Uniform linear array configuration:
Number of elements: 16
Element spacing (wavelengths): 0.5
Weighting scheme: exponential
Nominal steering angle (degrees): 60
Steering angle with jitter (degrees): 58.127
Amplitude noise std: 0.05
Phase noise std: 0.05

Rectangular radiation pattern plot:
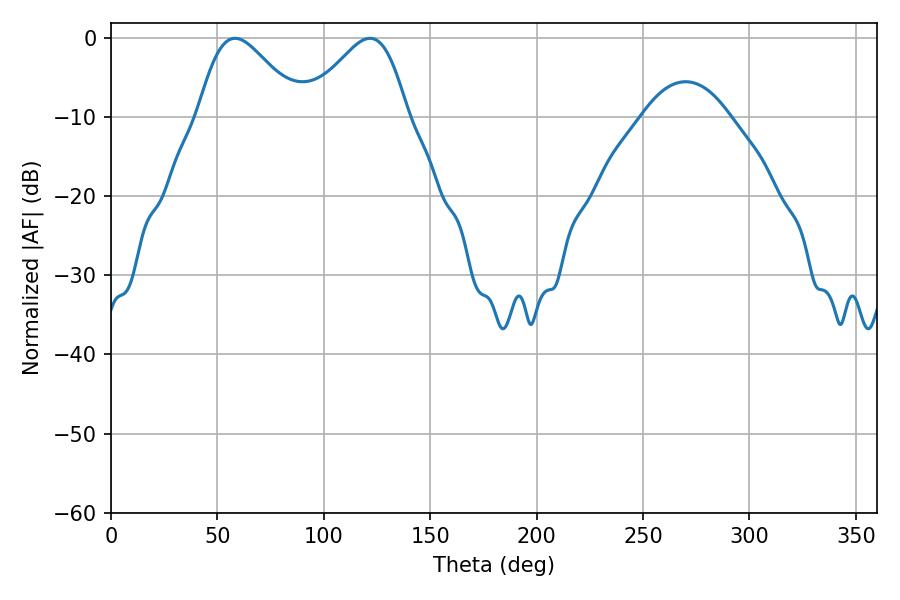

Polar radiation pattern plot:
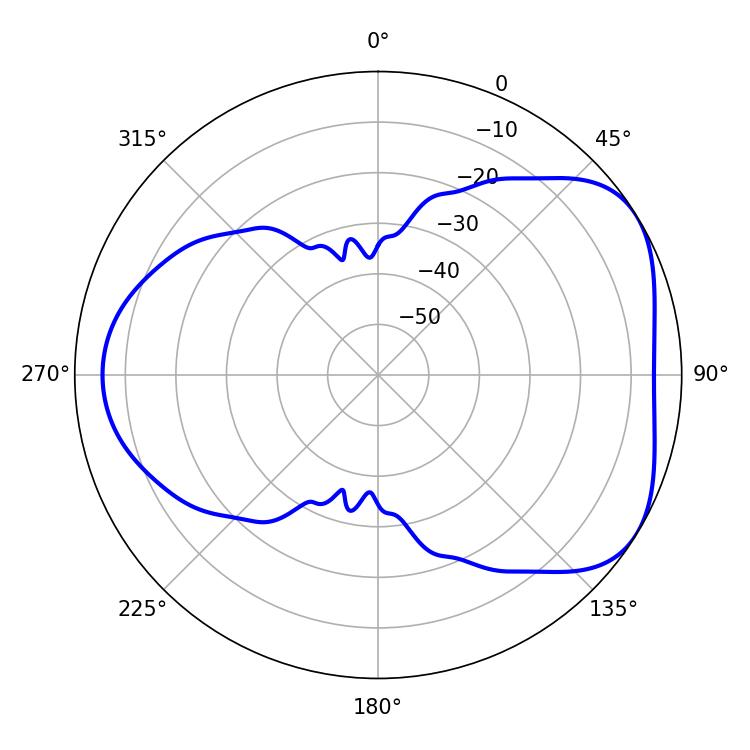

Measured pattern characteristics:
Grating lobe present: FALSE
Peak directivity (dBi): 4.636
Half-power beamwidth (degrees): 25.2
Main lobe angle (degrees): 58.32